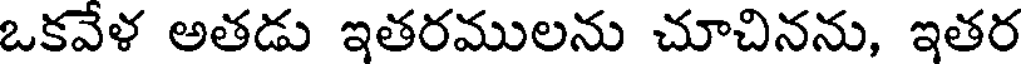
ఒకవేళ అతడు ఇతరములను చూచినను, ఇతర